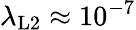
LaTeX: \lambda_{\mathrm{L2}}\approx 10^{-7}